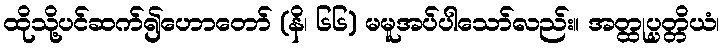
ထိုသို့ပင်ဆက်၍ဟောတော် (နိ၊ ၆၆) မမူအပ်ပါသော်လည်း။ အတ္ထုပ္ပတ္တိယံ၊